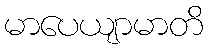
မာပေယျာမာတိ